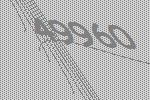
49960